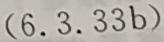
$(6.3.33b)$